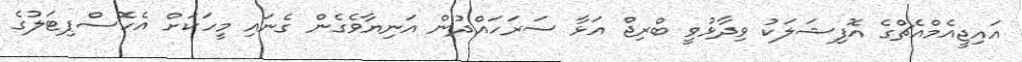
އައިޖީއެމްއެޗްގެ އޮފިޝަލަކު ވިދާޅުވީ ބްރިޖް އަޅާ ސަރަހައްދުން އަނިޔާވެގެން ގެނައި މީހަކަށް އެހޮސްޕިޓަލުގެ